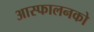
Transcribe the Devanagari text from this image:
आस्फालनको